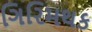
ગિરિમથક